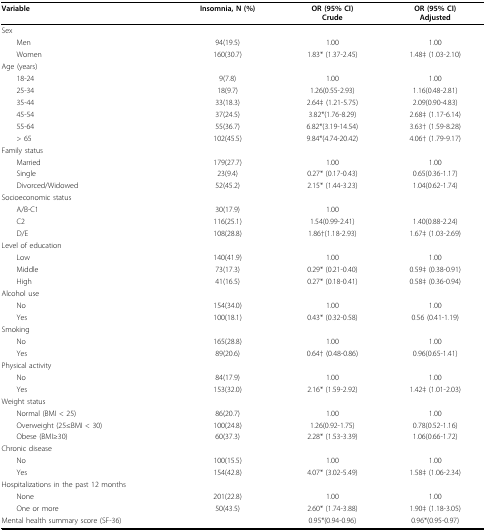
<table><thead><tr><td><b>Variable</b></td><td><b>Insomnia, N (%)</b></td><td><b>OR (95% CI)Crude</b></td><td><b>OR (95% CI)Adjusted</b></td></tr></thead><tbody><tr><td>Sex</td><td></td><td></td><td></td></tr><tr><td> Men</td><td>94(19.5)</td><td>1.00</td><td>1.00</td></tr><tr><td> Women</td><td>160(30.7)</td><td>1.83* (1.37-2.45)</td><td>1.48‡ (1.03-2.10)</td></tr><tr><td>Age (years)</td><td></td><td></td><td></td></tr><tr><td> 18-24</td><td>9(7.8)</td><td>1.00</td><td>1.00</td></tr><tr><td> 25-34</td><td>18(9.7)</td><td>1.26(0.55-2.93)</td><td>1.16(0.48-2.81)</td></tr><tr><td> 35-44</td><td>33(18.3)</td><td>2.64‡ (1.21-5.75)</td><td>2.09(0.90-4.83)</td></tr><tr><td> 45-54</td><td>37(24.5)</td><td>3.82*(1.76-8.29)</td><td>2.68‡ (1.17-6.14)</td></tr><tr><td> 55-64</td><td>55(36.7)</td><td>6.82*(3.19-14.54)</td><td>3.63† (1.59-8.28)</td></tr><tr><td> &gt; 65</td><td>102(45.5)</td><td>9.84*(4.74-20.42)</td><td>4.06† (1.79-9.17)</td></tr><tr><td>Family status</td><td></td><td></td><td></td></tr><tr><td> Married</td><td>179(27.7)</td><td>1.00</td><td>1.00</td></tr><tr><td> Single</td><td>23(9.4)</td><td>0.27* (0.17-0.43)</td><td>0.65(0.36-1.17)</td></tr><tr><td> Divorced/Widowed</td><td>52(45.2)</td><td>2.15* (1.44-3.23)</td><td>1.04(0.62-1.74)</td></tr><tr><td>Socioeconomic status</td><td></td><td></td><td></td></tr><tr><td> A/B-C1</td><td>30(17.9)</td><td>1.00</td><td></td></tr><tr><td> C2</td><td>116(25.1)</td><td>1.54(0.99-2.41)</td><td>1.40(0.88-2.24)</td></tr><tr><td> D/E</td><td>108(28.8)</td><td>1.86†(1.18-2.93)</td><td>1.67‡ (1.03-2.69)</td></tr><tr><td>Level of education</td><td></td><td></td><td></td></tr><tr><td> Low</td><td>140(41.9)</td><td>1.00</td><td>1.00</td></tr><tr><td> Middle</td><td>73(17.3)</td><td>0.29* (0.21-0.40)</td><td>0.59‡ (0.38-0.91)</td></tr><tr><td> High</td><td>41(16.5)</td><td>0.27* (0.18-0.41)</td><td>0.58‡ (0.36-0.94)</td></tr><tr><td>Alcohol use</td><td></td><td></td><td></td></tr><tr><td> No</td><td>154(34.0)</td><td>1.00</td><td>1.00</td></tr><tr><td> Yes</td><td>100(18.1)</td><td>0.43* (0.32-0.58)</td><td>0.56 (0.41-1.19)</td></tr><tr><td>Smoking</td><td></td><td></td><td></td></tr><tr><td> No</td><td>165(28.8)</td><td>1.00</td><td>1.00</td></tr><tr><td> Yes</td><td>89(20.6)</td><td>0.64† (0.48-0.86)</td><td>0.96(0.65-1.41)</td></tr><tr><td>Physical activity</td><td></td><td></td><td></td></tr><tr><td> No</td><td>84(17.9)</td><td>1.00</td><td>1.00</td></tr><tr><td> Yes</td><td>153(32.0)</td><td>2.16* (1.59-2.92)</td><td>1.42‡ (1.01-2.03)</td></tr><tr><td>Weight status</td><td></td><td></td><td></td></tr><tr><td> Normal (BMI &lt; 25)</td><td>86(20.7)</td><td>1.00</td><td>1.00</td></tr><tr><td> Overweight (25≤BMI &lt; 30)</td><td>100(24.8)</td><td>1.26(0.92-1.75)</td><td>0.78(0.52-1.16)</td></tr><tr><td> Obese (BMI≥30)</td><td>60(37.3)</td><td>2.28* (1.53-3.39)</td><td>1.06(0.66-1.72)</td></tr><tr><td>Chronic disease</td><td></td><td></td><td></td></tr><tr><td> No</td><td>100(15.5)</td><td>1.00</td><td>1.00</td></tr><tr><td> Yes</td><td>154(42.8)</td><td>4.07* (3.02-5.49)</td><td>1.58‡ (1.06-2.34)</td></tr><tr><td>Hospitalizations in the past 12 months</td><td></td><td></td><td></td></tr><tr><td> None</td><td>201(22.8)</td><td>1.00</td><td>1.00</td></tr><tr><td> One or more</td><td>50(43.5)</td><td>2.60* (1.74-3.88)</td><td>1.90‡ (1.18-3.05)</td></tr><tr><td>Mental health summary score (SF-36)</td><td></td><td>0.95*(0.94-0.96)</td><td>0.96*(0.95-0.97)</td></tr></tbody></table>